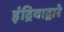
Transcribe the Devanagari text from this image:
इंद्रियाद्वारे